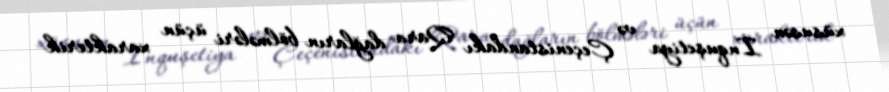
xüsusən İnquşetiya və Çeçenistandakı Qara dağların bölmələri üçün xarakterik